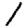
Digit: 1